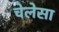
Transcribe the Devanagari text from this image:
चेलेसा